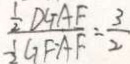
\frac { \frac { 1 } { 2 } D G A F } { \frac { 1 } { 2 } G F \cdot A F } = \frac { 3 } { 2 }